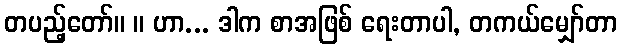
တပည့်တော်။ ။ ဟာ... ဒါက စာအဖြစ် ရေးတာပါ, တကယ်မျှော်တာ